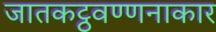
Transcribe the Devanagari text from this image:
जातकट्ठवण्णनाकार